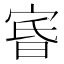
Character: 𡨩